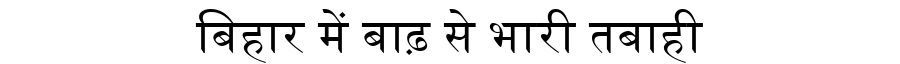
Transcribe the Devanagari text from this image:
बिहार में बाढ़ से भारी तबाही